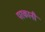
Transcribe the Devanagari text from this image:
परकानी